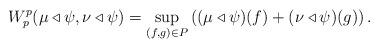
LaTeX: \begin{align*} W_p^p(\mu\triangleleft\psi,\nu\triangleleft\psi) = \sup_{(f,g)\in P}\left((\mu\triangleleft\psi)(f)+(\nu\triangleleft\psi)(g)\right).\end{align*}